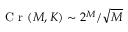
\mathrm { ~ C ~ r ~ } ( M , K ) \sim 2 ^ { M } / \sqrt { M }